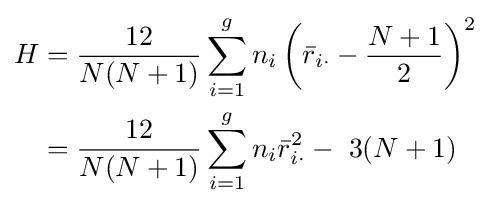
{\begin{aligned}H&={\frac {12}{N(N+1)}}\sum _{i=1}^{g}n_{i}\left({\bar {r}}_{i\cdot }-{\frac {N+1}{2}}\right)^{2}\\&={\frac {12}{N(N+1)}}\sum _{i=1}^{g}n_{i}{\bar {r}}_{i\cdot }^{2}-\ 3(N+1)\end{aligned}}